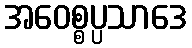
အဝေစ္စပ္ပသာဒေ